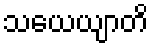
သယေယျာတိ